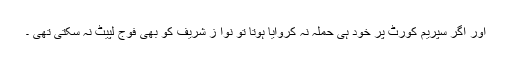
اور اگر سپریم کورٹ پر خود ہی حملہ نہ کروایا ہوتا تو نوا ز شریف کو بھی فوج لپیٹ نہ سکتی تھی ۔